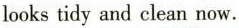
looks tidy and clean now.